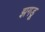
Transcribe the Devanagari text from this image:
झगडू